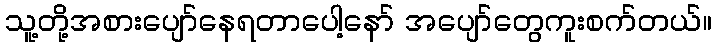
သူ့တို့အစားပျော်နေရတာပေါ့နော် အပျော်တွေကူးစက်တယ်။